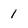
Character: 1